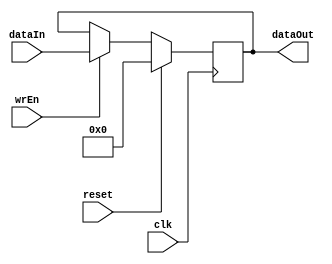
`timescale 1ns/1ps
module register # (
parameter LEN = 9
)
(
	clk, 
	dataIn,
	dataOut,
	reset,
	wrEn
);
	//--------------------------------------------------------------------------------------
	

    //--------------------------------------------------------------------------------------
    input              clk;
    input              reset;
    input              wrEn;
    input[LEN - 1: 0]  dataIn;
    output[LEN - 1: 0] dataOut;

    //--------------------------------------------------------------------------------------
    reg[LEN - 1: 0] data;

    //--------------------------------------------------------------------------------------
    always @(posedge clk) begin
    	if (reset)
        	data <= 0;
    	
    	else if (wrEn)
        	data <= dataIn; 	
    end

    //--------------------------------------------------------------------------------------
    assign dataOut = data;	

endmodule